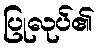
ပြုလုပ်၏